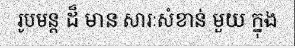
រូបមន្ត ដ៏ មាន សារៈសំខាន់ មួយ ក្នុង